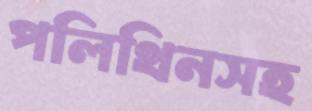
পলিথিনসহ